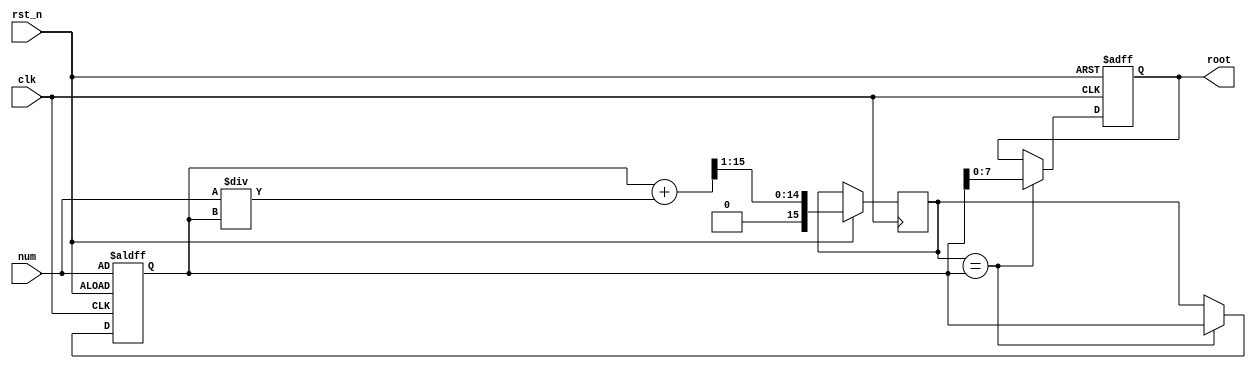
module sqrt_iterative(
    input [15:0] num,   // Input number
    output reg [7:0] root,  // Output square root
    input clk,
    input rst_n
);
    reg [15:0] x_n;    // Current estimate
    reg [15:0] x_next; // Next estimate

    always @(posedge clk or negedge rst_n) begin
        if (!rst_n) begin
            x_n <= num;
            root <= 0;
        end else begin
            x_next <= (x_n + num / x_n) >> 1; // Update estimate
            if (x_next == x_n)               // Convergence check
                root <= x_n[7:0];            // Output result
            else
                x_n <= x_next;
        end
    end
endmodule